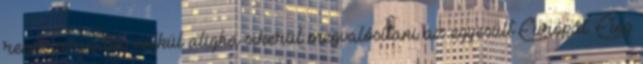
rendszerváltás nélkül aligha sikerül megvalósítani az egyesült Európát. Elég